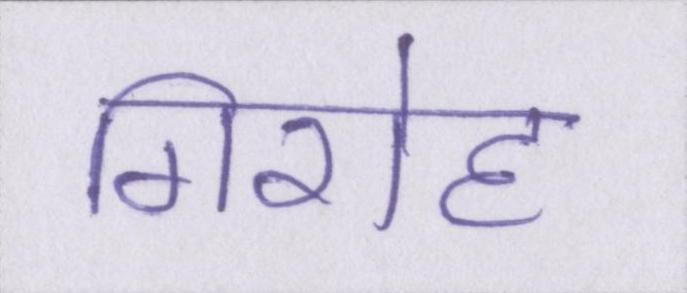
गिरोह